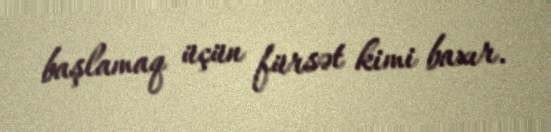
başlamaq üçün fürsət kimi baxır.